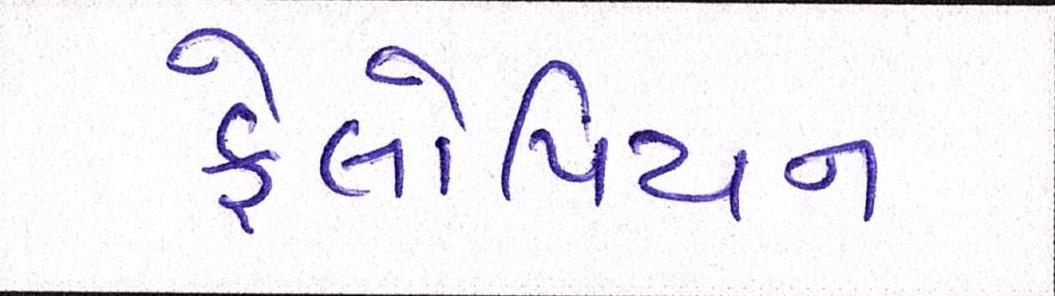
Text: ફેલોપિયન